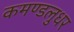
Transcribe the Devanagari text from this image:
कमण्डलुधर